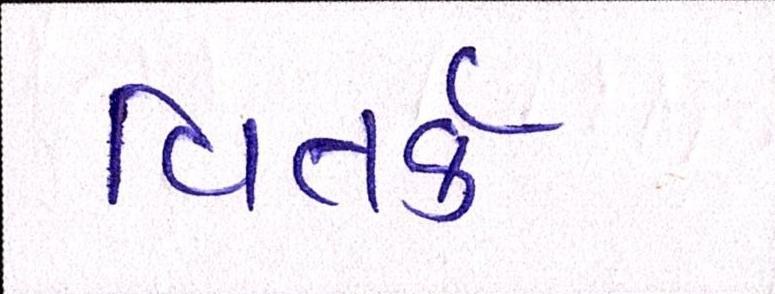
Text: વિતર્ક